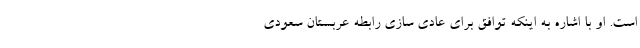
است. او با اشاره به اینکه توافق برای عادی سازی رابطه عربستان سعودی